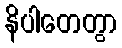
နိပါတေတွာ